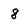
Character: 8